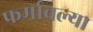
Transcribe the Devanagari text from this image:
फर्मावल्या